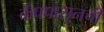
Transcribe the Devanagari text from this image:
कँपपासूनची